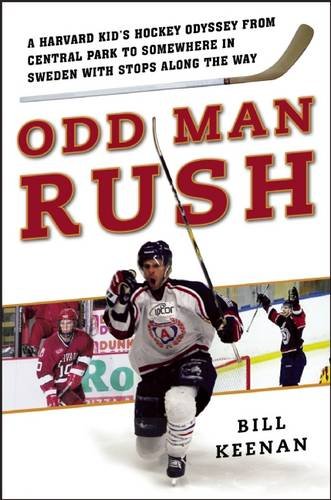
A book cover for Odd Man Rush: A Harvard KidEEs Hockey Odyssey from Central Park to Somewhere in SwedenEEwith Stops along the Way; Bill Keenan; Biographies & Memoirs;